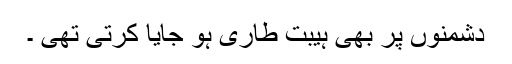
دشمنوں پر بھی ہیبت طاری ہو جایا کرتی تھی ۔